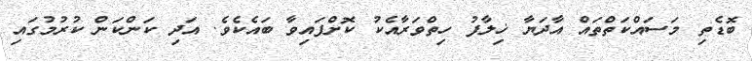
ބޮޑެތި މަސައްކަތްތައް އާދަޔާ ޚިލާފު ހިތްވަރާއެކު ކޮށްފައިވާ ބައެކެވެ. އަދި ކަންކަން ކުރުމުގައި